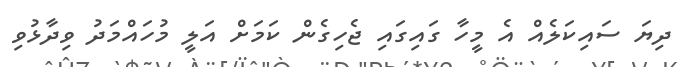
ދިޔަ ސައިކަލެއް އެ މީހާ ގައިގައި ޖެހިގެން ކަމަށް އަލީ މުހައްމަދު ވިދާޅުވި